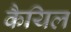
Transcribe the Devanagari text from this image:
कैयिल